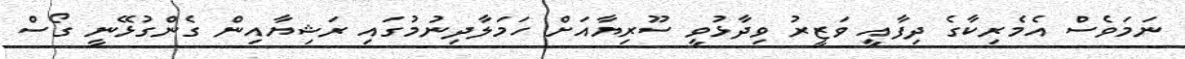
ނަމަވެސް އެމެރިކާގެ ދިފާއީ ވަޒީރު ވިދާޅުވީ ސޫރިޔާއަށް ހަމަލާދިނުމުގައި ރަޝިޔާއިން ގެންގުޅޭނީ ގޯސް